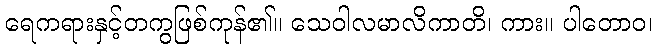
ရေကရားနှင့်တကွဖြစ်ကုန်၏။ သေဝါလမာလိကာတိ၊ ကား။ ပါတောဝ၊